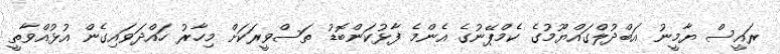
ރައީސް ޔާމީނު އަބްދުލްގައްޔޫމުގެ ކެމްޕޭނުގެ އެންމެ ފާޅުކަންބޮޑު ތަސްވީރަކަށް މިހާރު ހައްދަވައިގެން އުޅުއްވާތީ